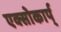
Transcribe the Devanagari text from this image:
एक्सोकार्प्